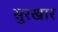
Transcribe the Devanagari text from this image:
सुरखार